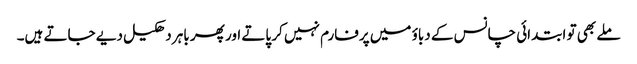
ملے بھی تو ابتدائی چانس کے دباؤ میں پرفارم نہیں کر پاتے اور پھر باہر دھکیل دیے جاتے ہیں۔